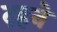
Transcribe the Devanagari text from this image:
दहने